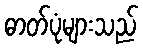
ဓာတ်ပုံများသည်